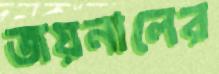
জয়নালের